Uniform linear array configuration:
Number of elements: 32
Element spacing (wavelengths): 0.25
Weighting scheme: exponential
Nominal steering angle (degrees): -15
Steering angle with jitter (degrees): -14.984
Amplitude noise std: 0.05
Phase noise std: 0.05

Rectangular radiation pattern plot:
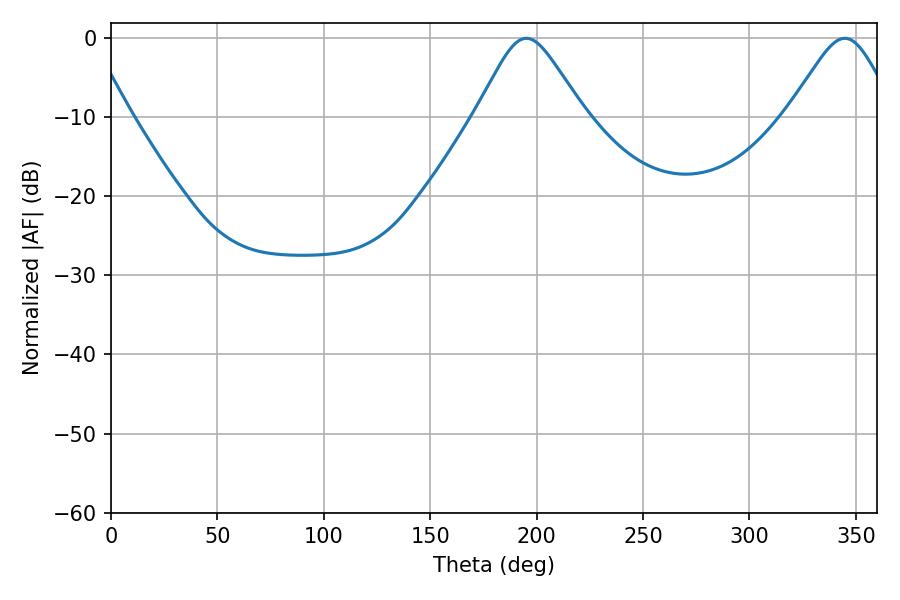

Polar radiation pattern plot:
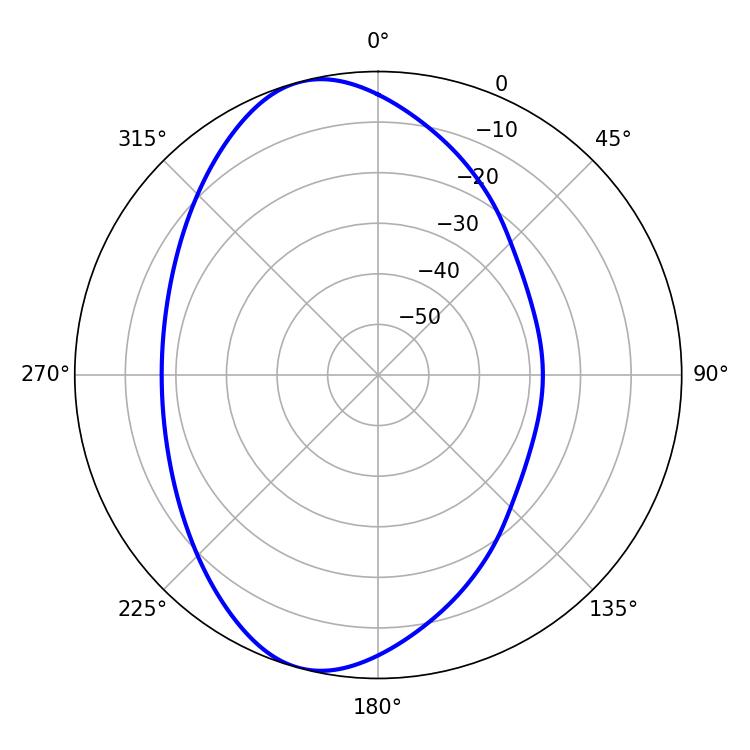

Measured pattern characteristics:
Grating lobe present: FALSE
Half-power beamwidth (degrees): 24.48
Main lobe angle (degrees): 195.12